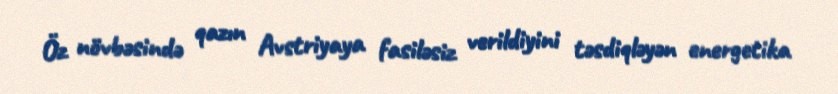
Öz növbəsində qazın Avstriyaya fasiləsiz verildiyini təsdiqləyən energetika